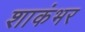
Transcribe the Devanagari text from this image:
शाकंभर